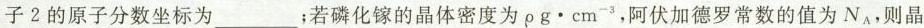
子2的原子分数坐标为_____；若磷化镓的晶体密度为ρg·cm^{-3}，阿伏加德罗常数的值为N_{A}，则晶